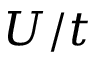
U / t